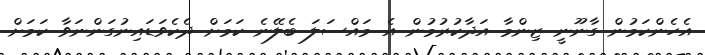
އެހެންކަމުން ގާނޫނީ ޒިންމާ އަދާކުރުމުން އެ މައްސަލަ ބެލޭނެ ކަމަށް ދެކެވަޑައިނުގަންނަވާ ކަމަށް